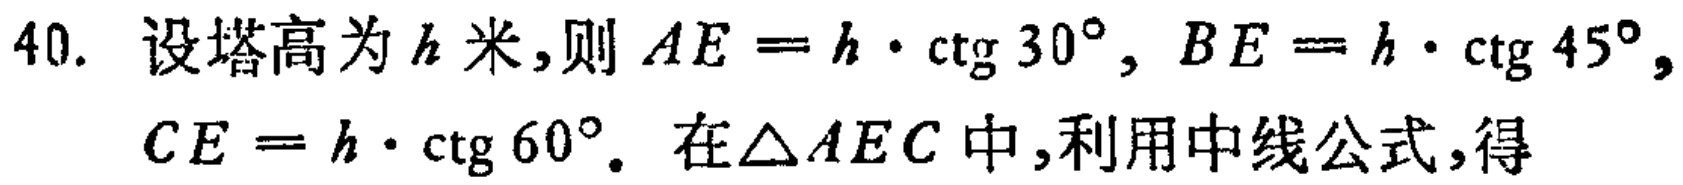
40. 设塔高为\(h\)米,则\(AE = h\cdot\mathrm{ctg}\ 30^{\circ}, BE = h\cdot\mathrm{ctg}\ 45^{\circ},\)
\(CE = h\cdot\mathrm{ctg}\ 60^{\circ}.\) 在\(\triangle AEC\)中,利用中线公式,得